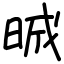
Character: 晠